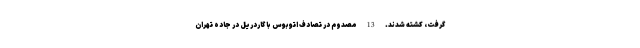
گرفت، کشته شدند. 13 مصدوم در تصادف اتوبوس با گاردریل در جاده تهران